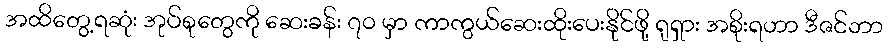
အထိတွေ့ရဆုံး အုပ်စုတွေကို ဆေးခန်း ၇၀ မှာ ကာကွယ်ဆေးထိုးပေးနိုင်ဖို့ ရုရှား အစိုးရဟာ ဒီဇင်ဘာ